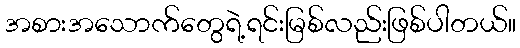
အစားအသောက်တွေရဲ့ရင်းမြစ်လည်းဖြစ်ပါတယ်။